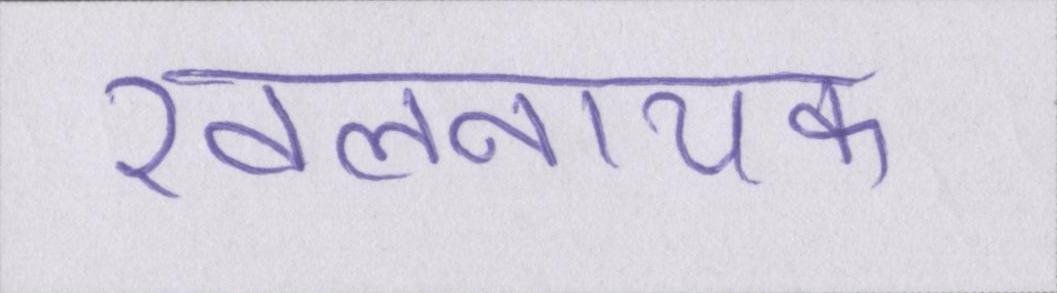
खलनायक